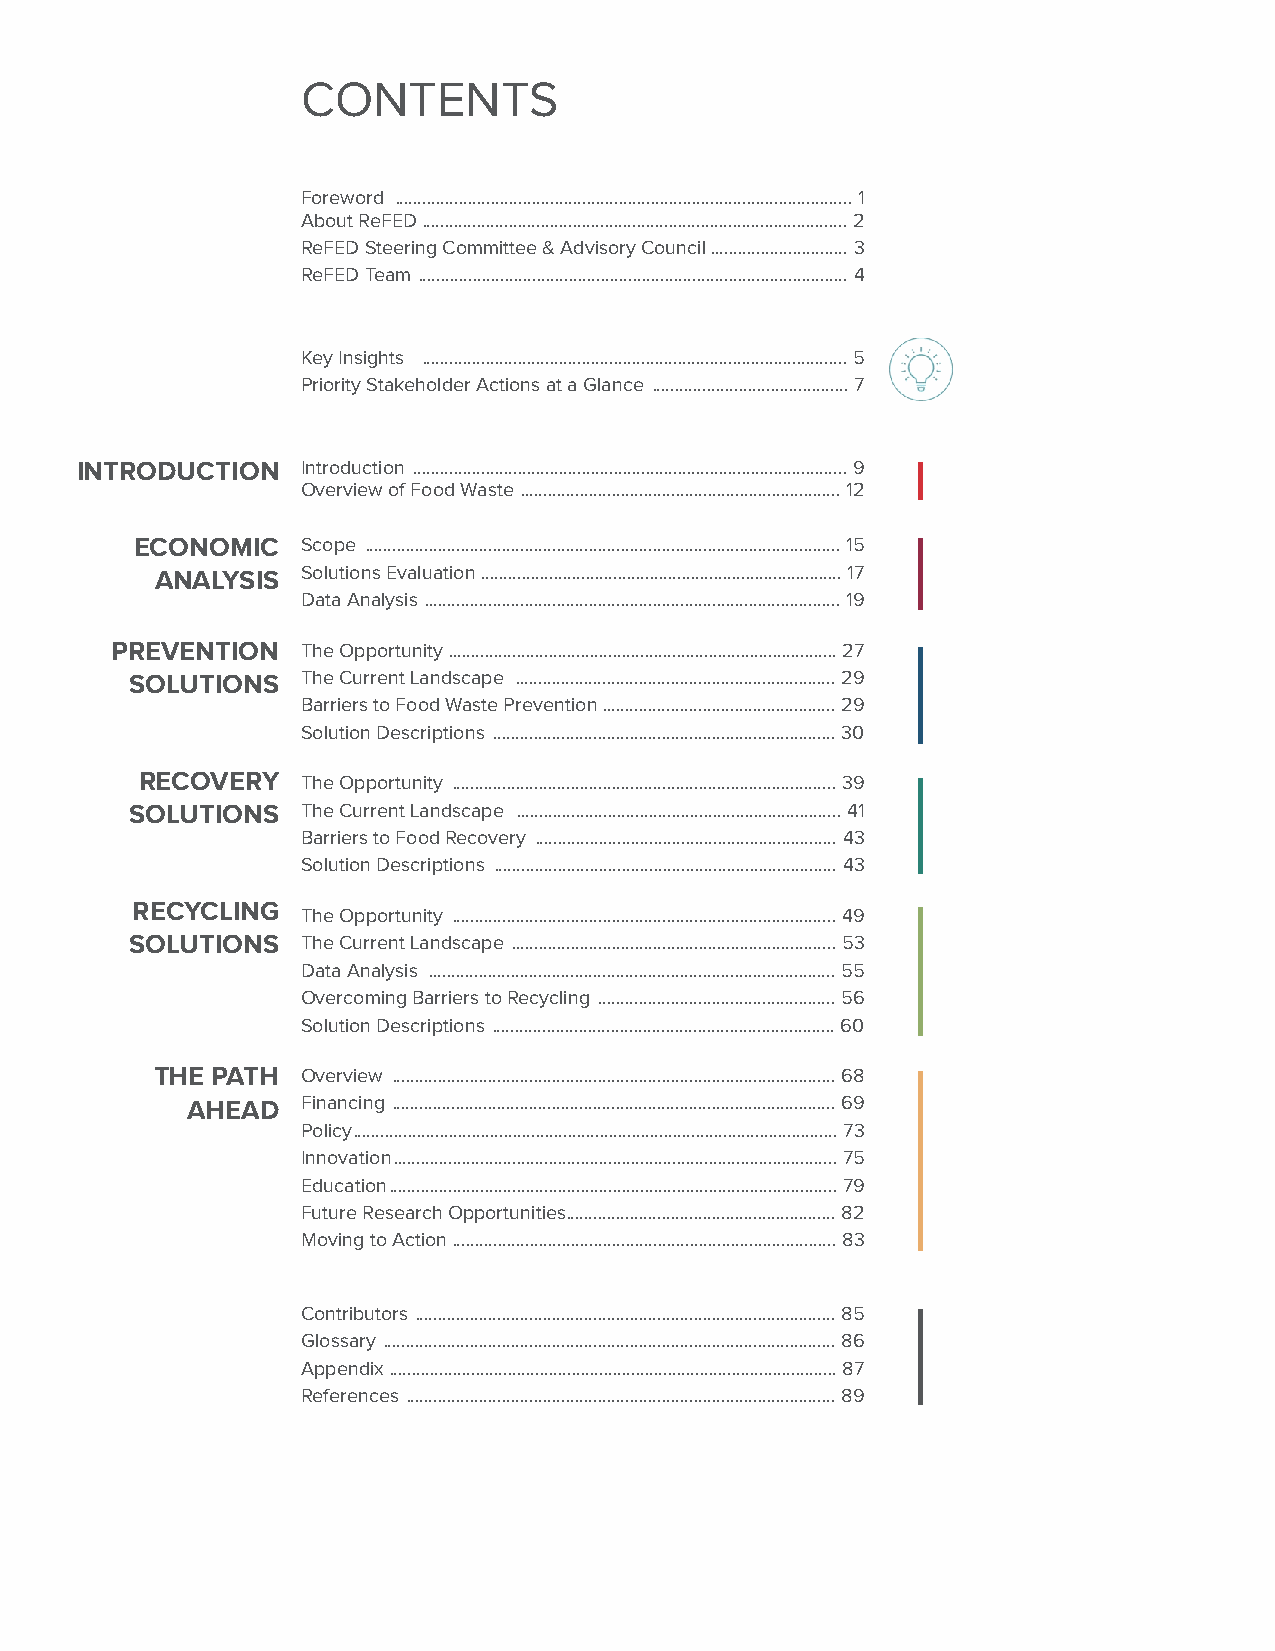
CONTENTS
 Foreword .................................................................................................... 1
 About ReFED ............................................................................................. 2
 ReFED Steering Committee & Advisory Council .............................. 3
 ReFED Team .............................................................................................. 4
 Key Insights ............................................................................................. 5
 Priority Stakeholder Actions at a Glance ........................................... 7
 INTRODUCTION   Introduction ............................................................................................... 9
 Overview of Food Waste ...................................................................... 12
 ECONOMIC   Scope ........................................................................................................ 15
 ANALYSIS  Solutions Evaluation ............................................................................... 17
 Data Analysis ........................................................................................... 19
 PREVENTION   The Opportunity ..................................................................................... 27
 SOLUTIONS  The Current Landscape ...................................................................... 29
 Barriers to Food Waste Prevention ................................................... 29
 Solution Descriptions ........................................................................... 30
 RECOVERY   The Opportunity .................................................................................... 39
 SOLUTIONS  The Current Landscape ....................................................................... 41
 Barriers to Food Recovery .................................................................. 43
 Solution Descriptions ........................................................................... 43
 RECYCLING
 The Opportunity .................................................................................... 49
 SOLUTIONS  The Current Landscape ....................................................................... 53
 Data Analysis ......................................................................................... 55
 Overcoming Barriers to Recycling .................................................... 56
 Solution Descriptions ........................................................................... 60
 THE PATH  Overview ................................................................................................. 68
 AHEAD   Financing ................................................................................................. 69
 Policy .......................................................................................................... 73
 Innovation ................................................................................................. 75
 Education .................................................................................................. 79
 Future Research Opportunities ........................................................... 82
 Moving to Action .................................................................................... 83
 Contributors ............................................................................................ 85
 Glossary ................................................................................................... 86
 Appendix .................................................................................................. 87
 References .............................................................................................. 89